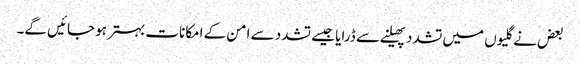
بعض نے گلیوں میں تشدد پھیلنے سے ڈرایا جیسے تشدد سے امن کے امکانات بہتر ہو جائیں گے۔